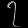
Digit: ၇